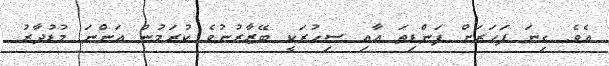
އެވެ. ގިނަ ފަހަރަށް ފަންޑިތަ އާއި ސިހުރަކީ ބޭޒާރުނުވެ ކުރަމުން އަންނަ މުޑުދާރު